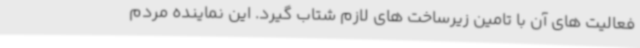
فعالیت های آن با تامین زیرساخت های لازم شتاب گیرد. این نماینده مردم